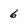
Character: 6